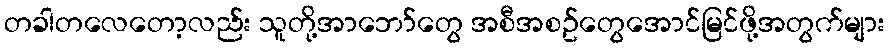
တခါတလေတော့လည်း သူတို့အာဘော်တွေ အစီအစဥ်တွေအောင်မြင်ဖို့အတွက်များ